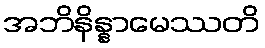
အဘိနိန္နာမေဿတိ